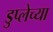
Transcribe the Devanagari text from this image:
डुप्लेच्या